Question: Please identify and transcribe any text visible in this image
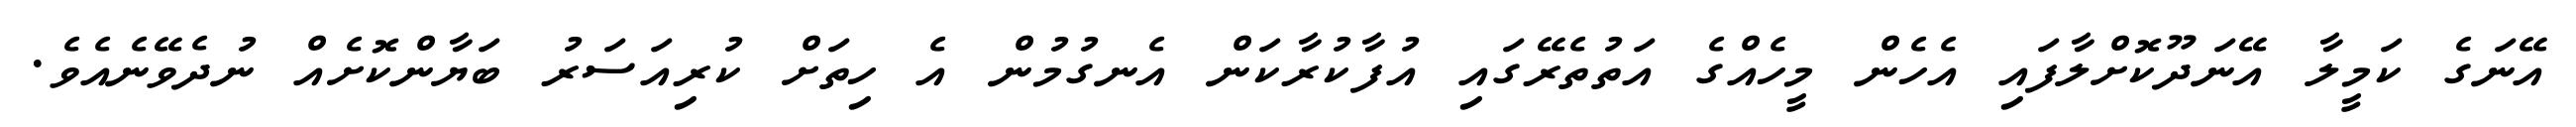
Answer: އޭނަގެ ކަމީލާ އޭނަދޫކޮށްލާފައި އެހެން މީހެއްގެ އަތުތެރޭގައި އުފާކުރާކަން އެނގުމުން އެ ހިތަށް ކުރިއަސަރު ބަޔާންކޮށެއް ނުދެވޭނެއެވެ.